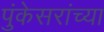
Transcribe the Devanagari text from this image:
पुंकेसरांच्या